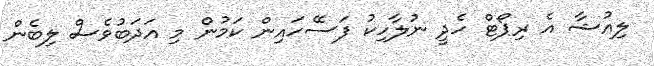
ލިއުޝާ އެ ރިޕޯޓް ހެދީ ނުލާހިކު ފަސޭހައިން ކަމުން މި އަދަބުވެސް ލިބެން